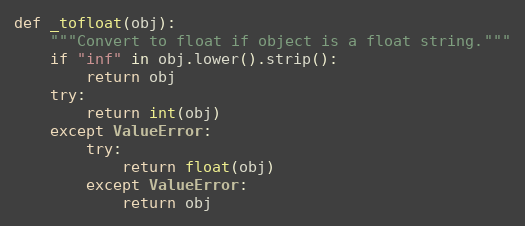
Language: Python
def _tofloat(obj):
    """Convert to float if object is a float string."""
    if "inf" in obj.lower().strip():
        return obj
    try:
        return int(obj)
    except ValueError:
        try:
            return float(obj)
        except ValueError:
            return obj